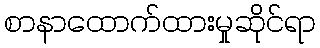
စာနာထောက်ထားမှုဆိုင်ရာ